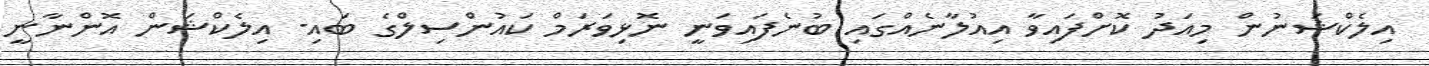
އިލެކްޝަނުން މިއަދު ކޮށްފައިވާ އިއުލާނެއްގައި ބުނެފައިވަނީ ނޮޅިވަރަމް ކައުންސިލްގެ ބައި- އިލެކްޝަން އޮންނާނީ